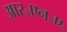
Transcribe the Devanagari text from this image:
आर॰एन॰ए॰